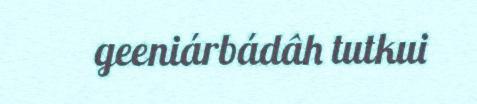
geeniárbádâh tutkui